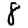
Digit: 8